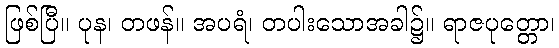
ဖြစ်ပြီ။ ပုန၊ တဖန်။ အပရံ၊ တပါးသောအခါ၌။ ရာဇပုတ္တော၊